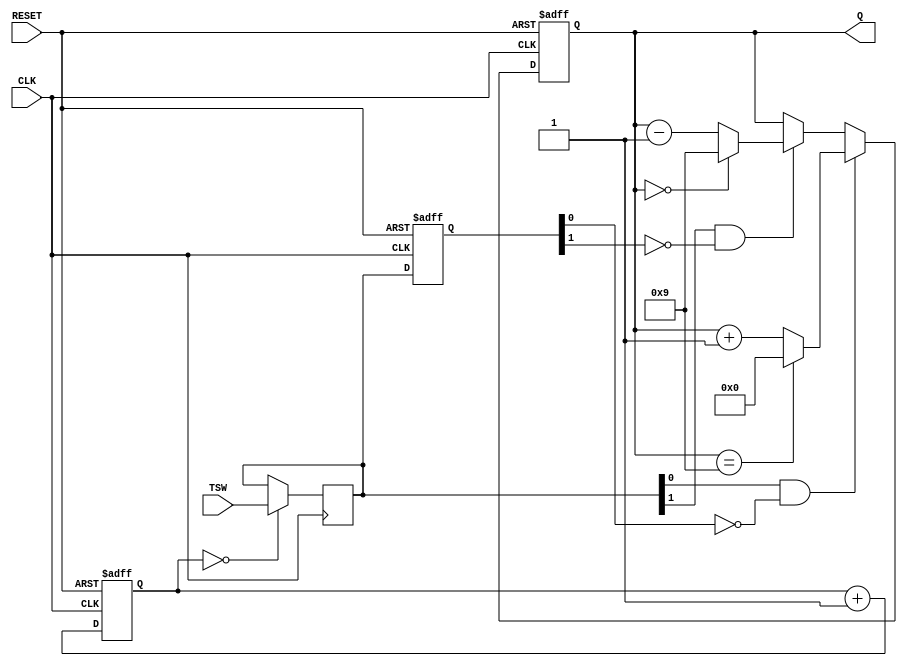
module UpDown_Counter(CLK, RESET, TSW, Q);

	input CLK, RESET;
	input [1:0]TSW;
	output [3:0]Q;
	
	reg [3:0]Q = 0;
	reg [18:0]tmp_count = 0;
	reg [1:0]out, buffer;
	
	always @(posedge CLK or negedge RESET) begin
		if (!RESET) tmp_count <= 0;
		else tmp_count <= tmp_count + 1;
	end
	
	always @(posedge CLK)
		if (tmp_count == 0) out <= TSW;
		
	always @(posedge CLK or negedge RESET) begin
		if (!RESET) buffer <= 0;
		else buffer <= out;
	end
	
	assign inc = out[0] & ~buffer[0];
	assign dec = out[1] & ~buffer[1];
	
	always @(posedge CLK or negedge RESET) begin
		if (!RESET) Q <= 0;
		else if (inc == 1) Q <= (Q == 9 ? 0 : Q + 1);
		else if (dec == 1) Q <= (Q == 0 ? 9 : Q - 1);
	end
	
endmodule